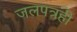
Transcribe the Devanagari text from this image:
जलपत्रही